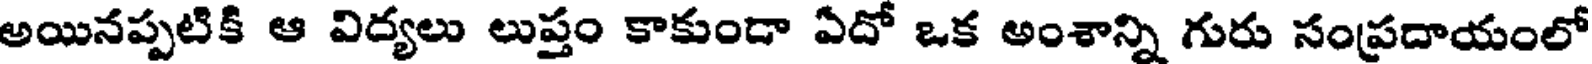
అయినప్పటికి ఆ విద్యలు లుప్తం కాకుండా ఏదో ఒక అంశాన్ని గురు సంప్రదాయంలో